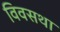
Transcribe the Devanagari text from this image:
विवसथा